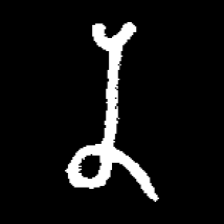
Pyu character \u2014 Myanmar letter: န (romanized: na)